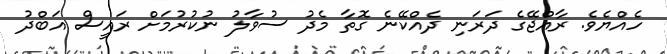
ހެއްޔެވެ. ރާއްޖޭގެ ދަރަނި ދެއްކޭނެ ގޮތާ މެދު ސުވާލު ނުކުރުމަށް ރައީސް އަބްދު